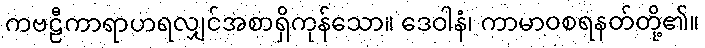
ကဗဠီကာရာဟရလျှင်အစာရှိကုန်သော။ ဒေဝါနံ၊ ကာမာဝစရနတ်တို့၏။